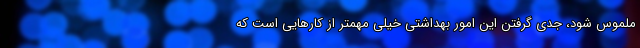
ملموس شود، جدی گرفتن این امور بهداشتی خیلی مهمتر از کار‌هایی است که